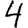
Digit: 4